Jaan_Tonisson_(Lasteleht), lk 116
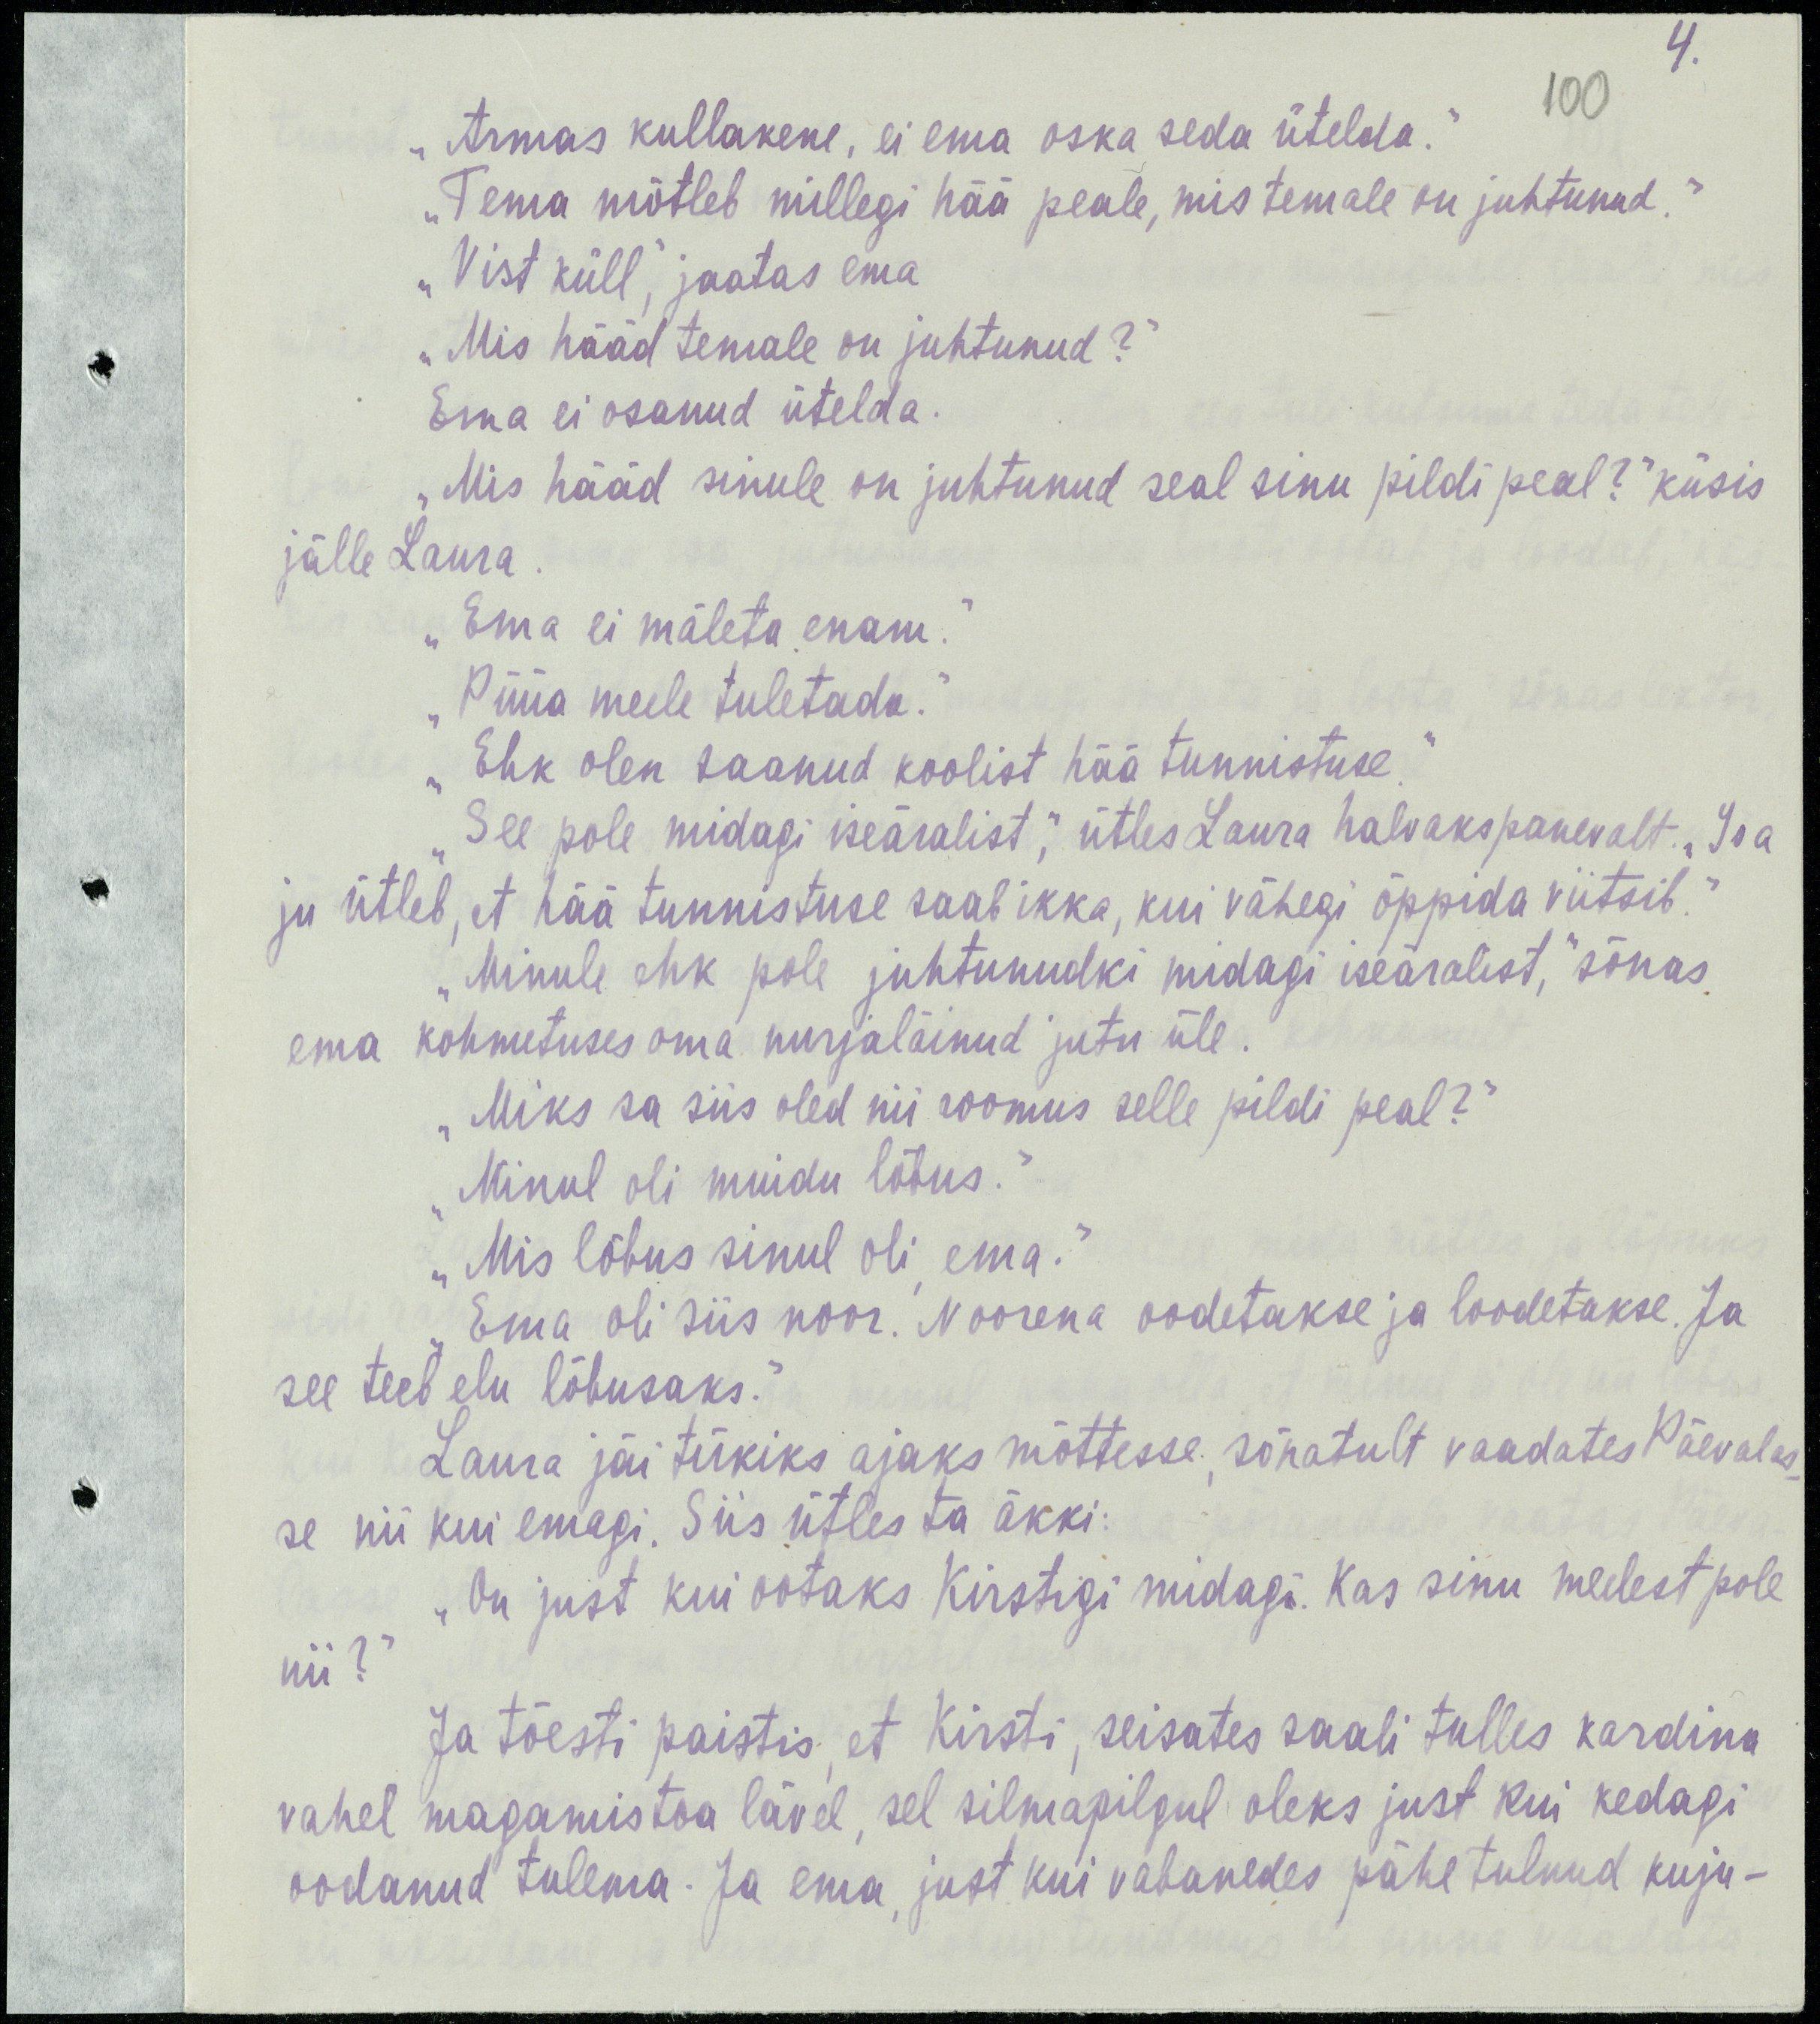
4.
100
„Armas kullakene, ei ema oska seda ütelda.“
„Tema mõtleb millegi hää peale, mis temale on juhtunud.“
„Vist küll,“ jaatas ema
„Mis hääd temale on juhtunud?“
Ema ei osanud ütelda.
„Mis hääd sinule on juhtunud seal sinu pildi peal?“ küsis
jälle Laura.
„Ema ei mäleta enam.“
„Püüa meele tuletada.“
„Ehk olen saanud koolist hää tunnistuse.“
„See pole midagi iseäralist,“ ütles Laura halvakspanevalt. „Isa
ju ütleb, et hää tunnistuse saab ikka, kui vähegi õppida viitsib.“
„Minule ehk pole juhtunudki midagi iseäralist,“ sõnas
ema kohmetuses oma nurjaläinud jutu üle.
„Miks sa siis oled nii roomus selle pildi peal?“
„Minul oli muidu lõbus.“
„Mis lõbus sinul oli, ema.“
„Ema oli siis noor. Noorena oodetakse ja loodetakse. Ja
see teeb elu lõbusaks.“
Laura jäi tükiks ajaks mõttesse, sõnatult vaatates Päevalas-
se nii kui emagi. Siis ütles ta äkki.
„On just kui ootaks Kirstigi midagi. Kas sinu meelest pole
nii?“
Ja tõesti paistis, et Kirsti, seisates saali tulles kardina
vahel magamistoa lävel, sel silmapilgul oleks just kui kedagi
oodanud tulema. Ja ema, just kui vabanedes pähe tulnud kuju-